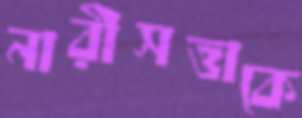
নারীসত্তাকে